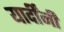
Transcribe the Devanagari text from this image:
यार्दींनी